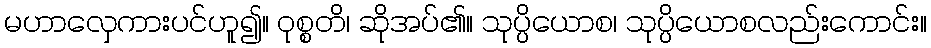
မဟာလှေကားပင်ဟူ၍။ ဝုစ္စတိ၊ ဆိုအပ်၏။ သုပ္ပိယောစ၊ သုပ္ပိယောစလည်းကောင်း။